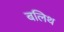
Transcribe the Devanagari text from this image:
बलिथ